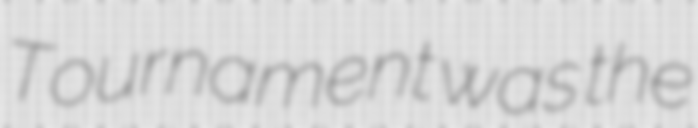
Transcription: Tournament was the